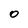
Character: O